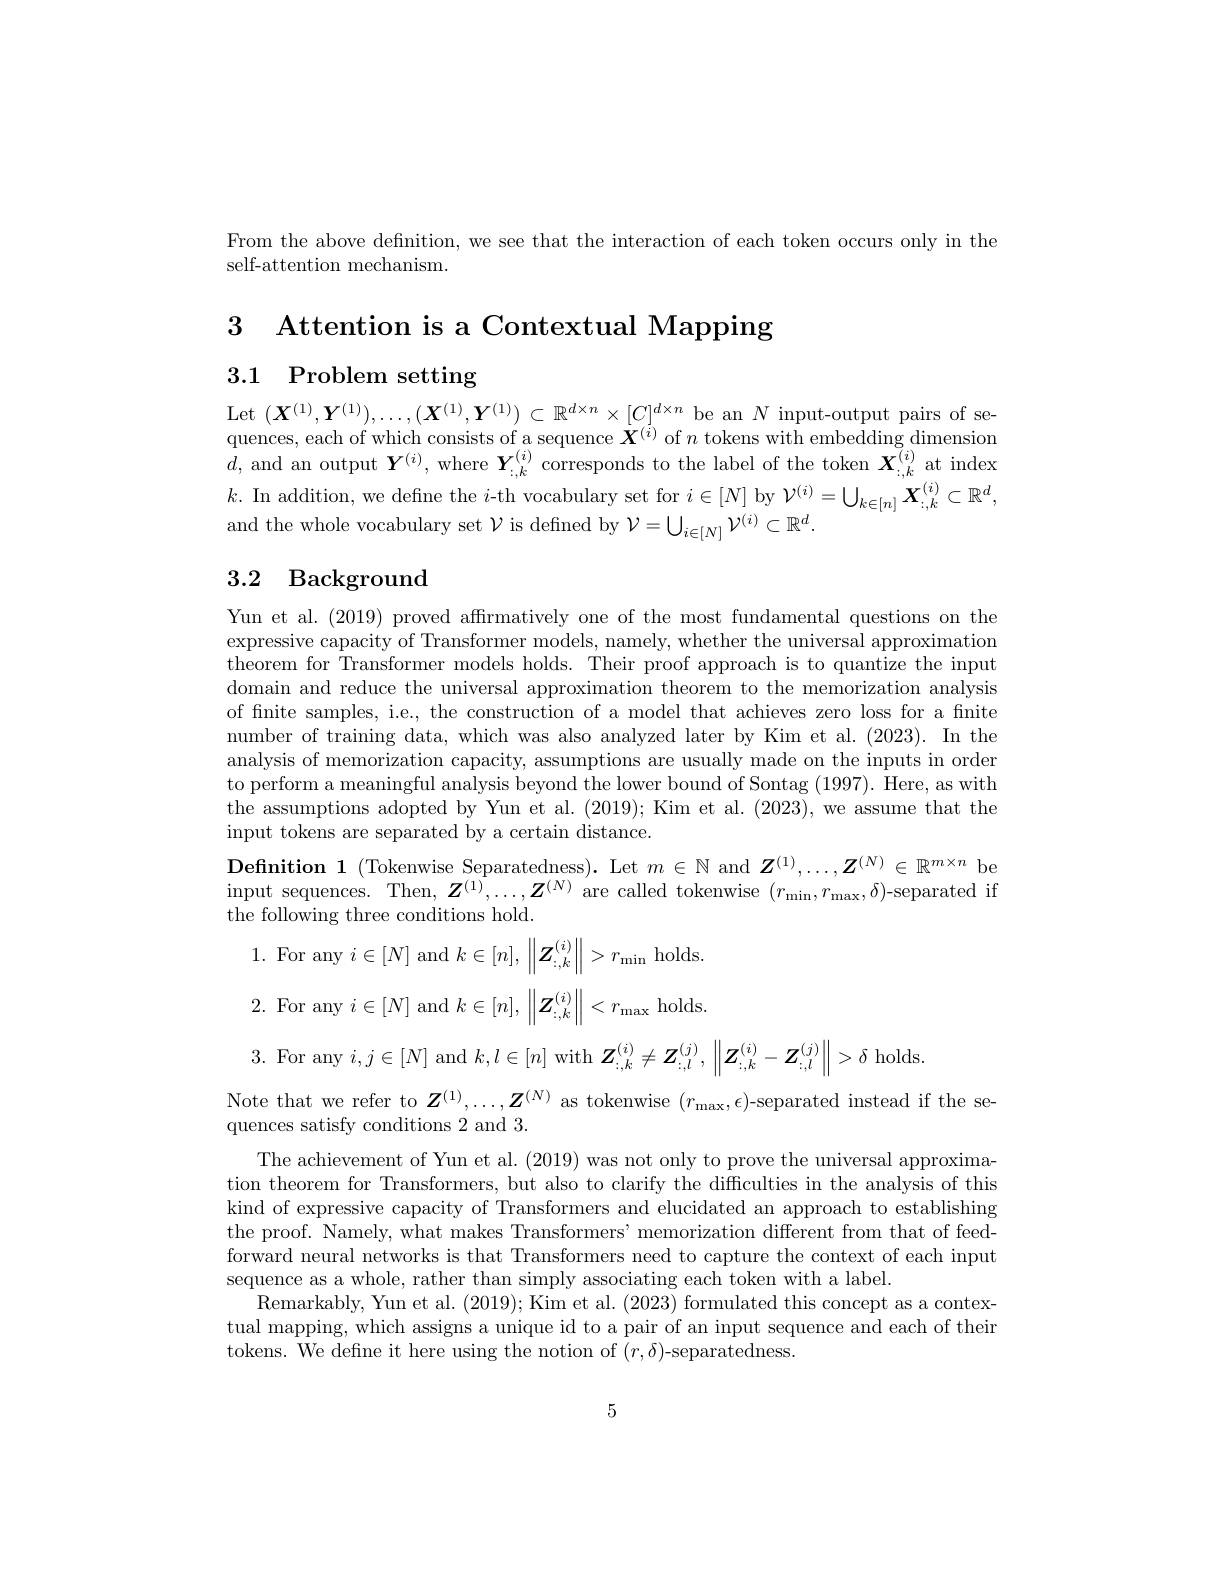
From the above defnition, we see that the interaction of each token occurs only in the
self-attention mechanism.

3 Attention is a Contextual Mapping

3.1 Problem setting

Let $(\boldsymbol{X}^{(1)},\boldsymbol{Y}^{(1)}),\ldots,(\boldsymbol{X}^{(1)},\boldsymbol{Y}^{(1)})\subset\mathbb{R}^{d\times n}\times[C]^{d\times n}$ be an $N$ input-output pairs of sequences, each of which consists of a sequence $\dot{\boldsymbol{X}}^{(i)}$ of $n$ tokens with embedding dimension $d$, and an output $\boldsymbol Y^{(i)}$, where $\boldsymbol Y_{:,k}^{(i)}$ corresponds to the label of the token $\boldsymbol X_{:,k}^{(i)}$ at index $k.$ In addition, we define the $i$-th vocabulary set for $i\in[N]$ by $\mathcal{V}^(i)=\bigcup_k\in[n]\boldsymbol{X}_{:,k}^{(i)}\subset\mathbb{R}^d$, and the whole vocabulary set $\mathcal{V}$ is defined by $\mathcal{V}=\bigcup_i\in[N]\mathcal{V}^{(i)}\subset\mathbb{R}^d.$

# 3.2 Background

Yun et al. (2019) proved affirmatively one of the most fundamental questions on the expressive capacity of Transformer models, namely, whether the universal approximation theorem for Transformer models holds. Their proof approach is to quantize the input domain and reduce the universal approximation theorem to the memorization analysis of finite samples, i.e., the construction of a model that achieves zero loss for a fnite number of training data, which was also analyzed later by Kim et al.(2023). In the analysis of memorization capacity, assumptions are usually made on the inputs in order to perform a meaningful analysis beyond the lower bound of Sontag (1997). Here, as with the assumptions adopted by Yun et al. (2019); Kim et al. (2023), we assume that the input tokens are separated by a certain distance.
Definition 1 (Tokenwise Separatedness). Let $m\in\mathbb{N}$ and $\boldsymbol Z^(1),\ldots,\boldsymbol{Z}^{(N)}\in\mathbb{R}^{m\times n}$ be input sequences. Then, $\boldsymbol{Z}^{(1)},\ldots,\boldsymbol{Z}^{(N)}$ are called tokenwise $(r_\mathrm{min},r_\mathrm{max},\delta)$-separated if the following three conditions hold.
1. For any $i\in[N]$ and $k\in[n],\left\|\boldsymbol{Z}_{:,k}^{(i)}\right\|>r_{\mathrm{min}}$ holds 2. For any $i\in[N]$ and $k\in[n],\left\|\boldsymbol{Z}_{:,k}^{(i)}\right\|<r_{\mathrm{max}}$ holds. 3. For any $i,j\in[N]$ and $k,l\in[n]$ with $Z_{:,k}^{(i)}\neq Z_{:,l}^{(j)},\left\|Z_{:,k}^{(i)}-Z_{:,l}^{(j)}\right\|>\delta$ holds
Note that we refer to $Z^{(1)},\ldots,Z^{(N)}$ as tokenwise $(r_\mathrm{max},\epsilon)$-separated instead if the se-
quences satisfy conditions 2 and 3.
The achievement of Yun et al. (2019) was not only to prove the universal approximation theorem for Transformers, but also to clarify the difficulties in the analysis of this kind of expressive capacity of Transformers and elucidated an approach to establishing the proof. Namely, what makes Transformers' memorization different from that of feedforward neural networks is that Transformers need to capture the context of each input sequence as a whole, rather than simply associating each token with a label.
Remarkably, Yun et al. (2019); Kim et al. (2023) formulated this concept as a contextual mapping, which assigns a unique id to a pair of an input sequence and each of their tokens. We define it here using the notion of $(r,\delta)$-separatedness.

5